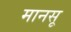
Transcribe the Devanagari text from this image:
मानसू